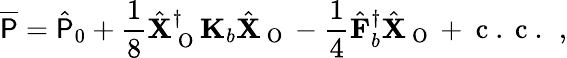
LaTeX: \overline{{\mathsf{P}}}=\hat{\mathsf{P}}_{0}+\frac{1}{8}\hat{\mathbf{X}}_{\mathrm{~O~}}^{\dagger}\mathbf{K}_{b}\hat{\mathbf{X}}_{\mathrm{~O~}}-\frac{1}{4}\hat{\mathbf{F}}_{b}^{\dagger}\hat{\mathbf{X}}_{\mathrm{~O~}}+\mathrm{~c~.~c~.~}\, ,